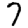
Digit: 7